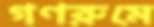
গণরুমে